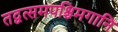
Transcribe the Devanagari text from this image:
तद्वत्समपश्चिमगानि